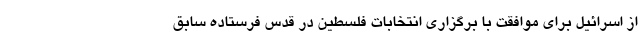
از اسرائیل برای موافقت با برگزاری انتخابات فلسطین در قدس فرستاده سابق